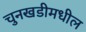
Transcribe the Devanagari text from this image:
चुनखडीमधील